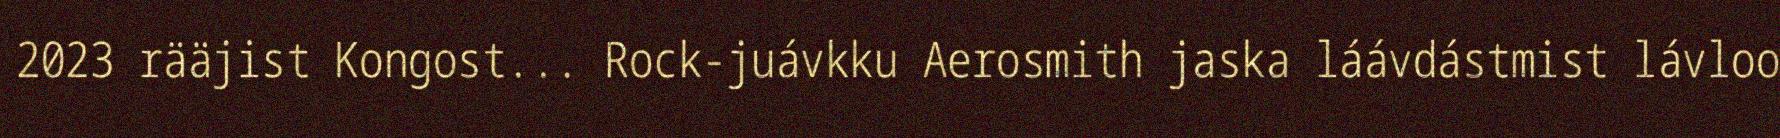
2023 rääjist Kongost... Rock-juávkku Aerosmith jaska láávdástmist lávloo